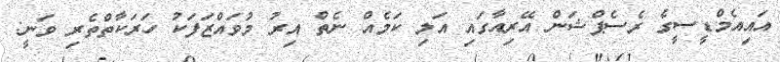
އައިއެމްޑީސީގެ ރެސެޕްޝަން އޭރިއާގައި އަލި ކަމެއް ނެތް އިރު މުވައްޒަފަކު ހަރަކާތްތެރި ވަނީ: